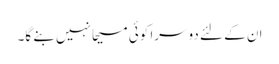
ان کے لئے دوسرا کوئی مسیحا نہیں بنے گا۔